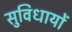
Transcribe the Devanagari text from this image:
सुविधायों